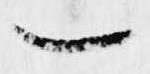
一